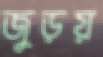
জুড়য়